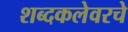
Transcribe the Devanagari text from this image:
शब्दकलेवरचे